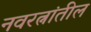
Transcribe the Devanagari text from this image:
नवरत्नांतील